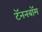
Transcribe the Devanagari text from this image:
टॅननबॉम